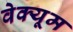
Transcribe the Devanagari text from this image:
वेक्यूम